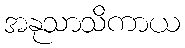
အနုသာသိကာယ